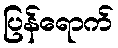
ပြန်ရောက်